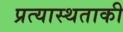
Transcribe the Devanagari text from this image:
प्रत्यास्थताकी